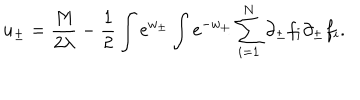
LaTeX: u _ { \pm } = { \frac { M } { 2 \lambda } } - { \frac { 1 } { 2 } } \int \mathrm { e } ^ { w _ { \pm } } \int \mathrm { e } ^ { - w _ { \pm } } \sum _ { i = 1 } ^ { N } \partial _ { \pm } f _ { i } \partial _ { \pm } f _ { i } .